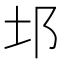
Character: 𨙭